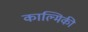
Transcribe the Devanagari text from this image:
काल्मिकी